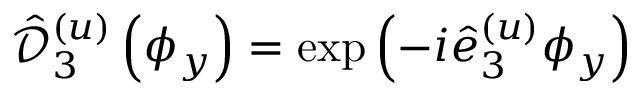
\hat { \mathcal D } _ { 3 } ^ { ( u ) } \left( \phi _ { y } \right) = \exp \left( - i \hat { e } _ { 3 } ^ { ( u ) } \phi _ { y } \right)